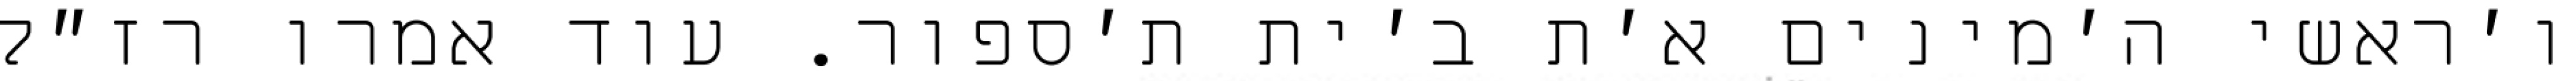
ו׳ראשי ה׳מינים א׳ת ב׳ית ת׳ספור. עוד אמרו רז״ל